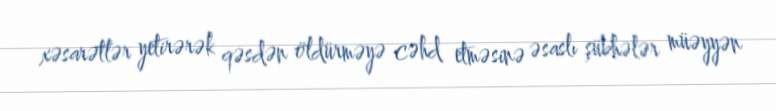
xəsarətlər yetirərək qəsdən öldürməyə cəhd etməsinə əsaslı şübhələr müəyyən